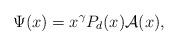
LaTeX: \begin{align*}\Psi(x) = x^\gamma P_d(x) {\cal A}(x),\end{align*}